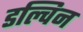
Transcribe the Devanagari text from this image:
डल्विन